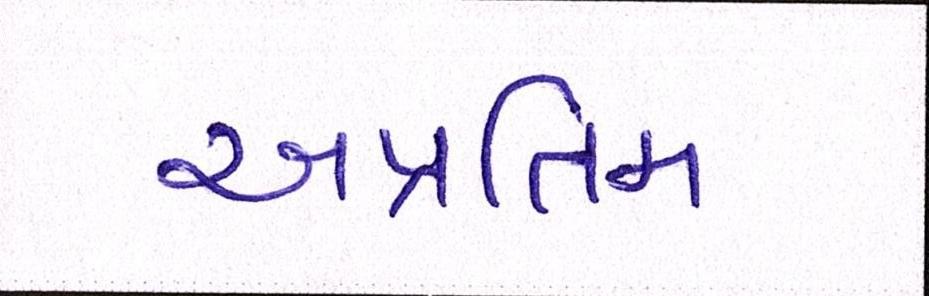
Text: અપ્રતિમ